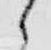
之